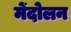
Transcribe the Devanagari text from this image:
मेंदोलन